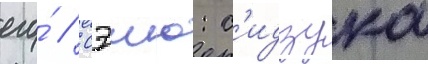
его́ // Сэию: с'идзука